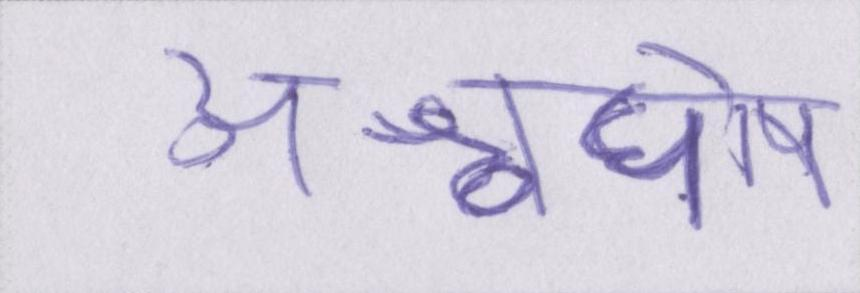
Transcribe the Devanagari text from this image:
अश्वघोष